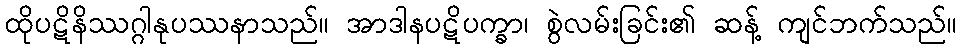
ထိုပဋိနိဿဂ္ဂါနုပဿနာသည်။ အာဒါနပဋိပက္ခာ၊ စွဲလမ်းခြင်း၏ ဆန့် ကျင်ဘက်သည်။